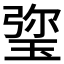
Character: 𤦀